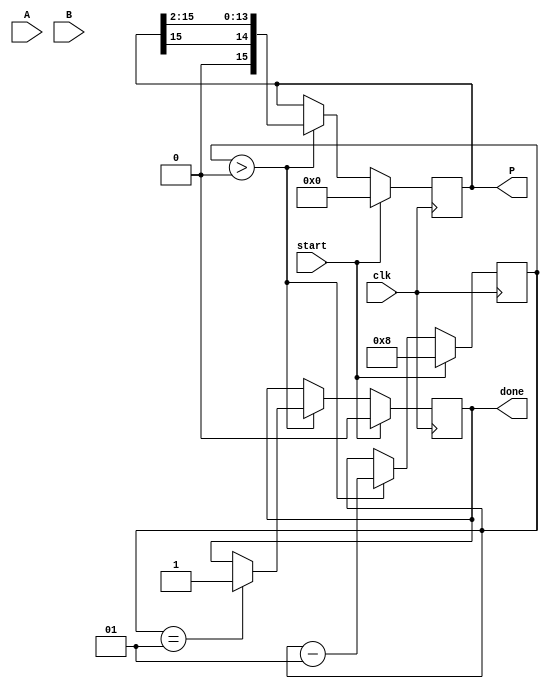
module booth_multiplier #(parameter WIDTH = 8) (
    input signed [WIDTH-1:0] A,   // Multiplicand
    input signed [WIDTH-1:0] B,   // Multiplier
    output reg signed [2*WIDTH-1:0] P, // Product
    input clk,
    input start,
    output reg done
);
    reg signed [WIDTH-1:0] M;         // Multiplicand register
    reg signed [WIDTH-1:0] Q;         // Multiplier register
    reg [WIDTH-1:0] Q_1;              // Previous bit of multiplier
    reg [2*WIDTH-1:0] A_shifted;      // Shifted multiplicand
    integer count;                    // Loop counter

    always @(posedge clk) begin
        if (start) begin
            // Initialization
            M <= A;                      // Load multiplicand
            Q <= B;                      // Load multiplier
            P <= 0;                      // Initialize product
            Q_1 <= 0;                    // Initialize Q-1
            count <= WIDTH;              // Set loop count
            done <= 0;                   // Reset done signal
        end else if (count > 0) begin
            // Booth's algorithm operation
            case ({Q[0], Q_1})
                2'b00: begin
                    // No action, just shift
                end
                2'b01: begin
                    // Add M to P
                    P <= P + M;
                end
                2'b10: begin
                    // Subtract M from P
                    P <= P - M;
                end
                2'b11: begin
                    // No action, just shift
                end
            endcase
            
            // Arithmetic right shift
            {P, Q} <= {P[2*WIDTH-1], P[2*WIDTH-1:1], Q[WIDTH-1:1]}; // Shift P and Q
            Q_1 <= Q[0]; // Update Q-1
            count <= count - 1; // Decrement counter
            
            if (count == 1) begin
                done <= 1; // Set done signal when finished
            end
        end
    end
endmodule